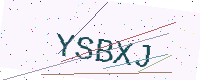
Text: YSBXJ